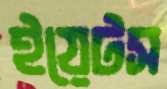
ইয়েটস